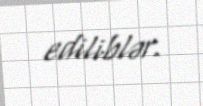
ediliblər.